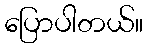
ပြောပါတယ်။